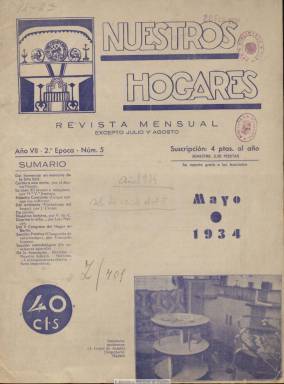
Título: Nuestros hogares
Colección: Revistas femeninas
Ámbito geográfico: Madrid
Lugar de publicación: Madrid
Fechas: 01/05/1934-29/02/1936

Revista mensual (excepto julio y agosto), órgano de la Asociación Española para la Difusión de las Ciencias del Hogar, entidad que empezó su actividad en junio de 1928 en la Escuela Superior de Magisterio de Madrid, cuyo objeto era la readaptación a los nuevos tiempos de la función social de la familia y de la mujer “como madre, dueña del hogar y pilar de la familia”. Presidida por el político liberal-demócrata José Sánchez Anido, vizconde de San Antonio, en ella confluyeron profesoras de las escuelas normales españolas, que pretendían que las enseñanzas en lo espiritual, moral, higiene, economía o labores domésticas sirvieran también para instruir a las mujeres rurales. Entre sus lemas aparecen: “¡El hogar se deshace! ¡Ayúdanos a sostenerlo y mejorarlo!”.

La colección de este título en la Biblioteca Nacional de España comienza en el número 5, de mayo de 1934,  que corresponde a su sexto año de edición y segunda época (debió de reiniciar la numeración de esta en el citado año), y acaba en el número 22, de febrero de 1936. Sus entregas son de 12 o 16 páginas. Entre los asuntos que publica, aparecen el referido al V Congreso el Hogar, celebrado en Berlín, y la serie Cartas a una novia. Tiene secciones bajo los epígrafes La casa (lavado a máquina o  iluminación artificial), De cocina, Sección práctica (chaquetita de entretiempo), De la asociación, Sección metodológica (de enseñanza agrícola), Correspondencia abierta, Nuestro concurso (lo que opinan los solteros) o Revistas. Inserta algunos fotograbados.

En esta época, su directora es María Victoria Jiménez, profesora de la Escuela Normal de Segovia; redactora jefe, Consuelo Aleixandre, del Grupo Ruiz Zorrilla, de Madrid; y administradora, Elvira Martínez Ostendi, con domicilio en la Pensión Atlante, de la calle Dato, de Madrid. El comité de la asociación lo sigue presidiendo Sánchez Anido, y la presidenta primera es la doctora González Barrios. También pertenecen a la dirección de la asociación, Dolores Nogués, de la Normal de Ávila, e Inés Crespo, regente de la Normal de Guadalajara. En el amplio cuadro de colaboradoras de la revista, aparecen otras profesoras de provincias. La revista era gratuita para las asociadas.